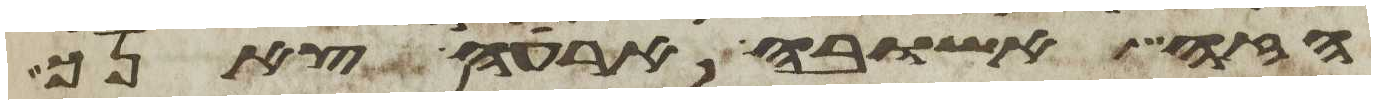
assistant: הזה אשובה ארעה צאנך